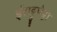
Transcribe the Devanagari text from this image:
ईराट्टुपेट्टा